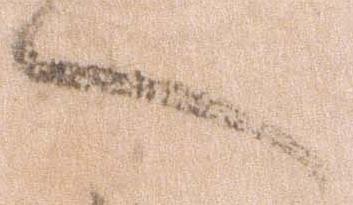
へ